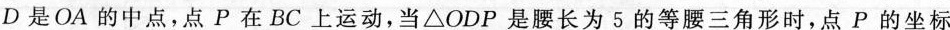
D是OA的中点，点P在BC上运动，当△ODP是腰长为5的等腰三角形时，点P的坐标